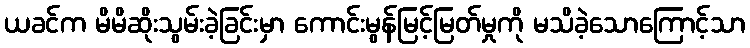
ယခင်က မိမိဆိုးသွမ်းခဲ့ခြင်းမှာ ကောင်းမွန်မြင့်မြတ်မှုကို မသိခဲ့သောကြောင့်သာ